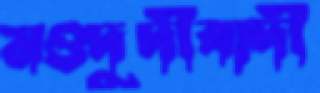
মওদুদীবাদী